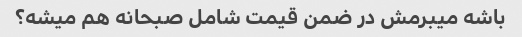
باشه میبرمش در ضمن قیمت شامل صبحانه هم میشه؟